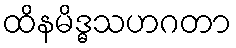
ထိနမိဒ္ဓသဟဂတာ